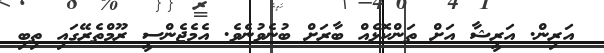
އަރިން. އަރީޝާ އަށް ތަންކޮޅެއް ބާރަށް ބުނެވުނެވެ. އެމެޖެންސީ ރޫމްތެރޭގައި ތިބި